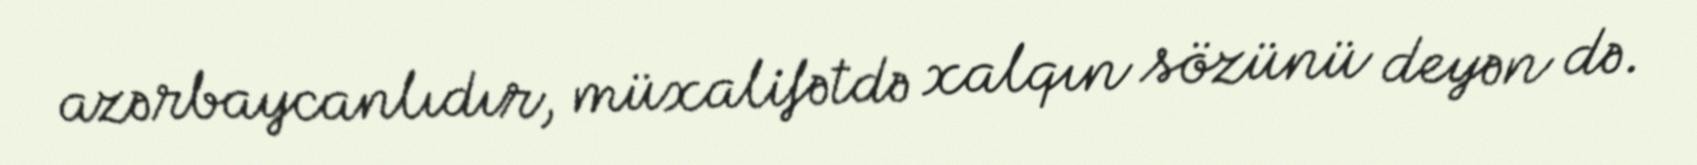
azərbaycanlıdır, müxalifətdə xalqın sözünü deyən də.